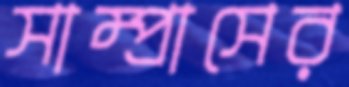
সাম্প্রাসের